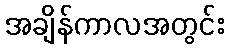
အချိန်ကာလအတွင်း